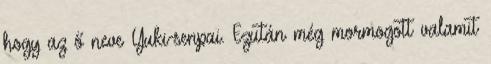
hogy az ő neve Yuki-senpai. Ezután még mormogott valamit